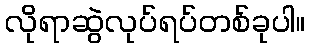
လိုရာဆွဲလုပ်ရပ်တစ်ခုပါ။